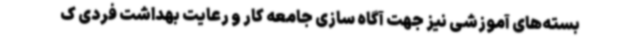
بسته‌های آموزشی نیز جهت آگاه سازی جامعه کار و رعایت بهداشت فردی ک